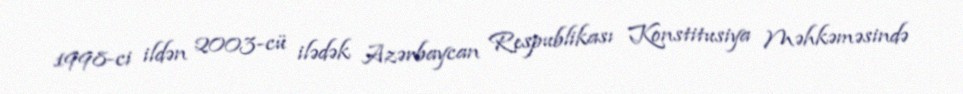
1998-ci ildən 2003-cü ilədək Azərbaycan Respublikası Konstitusiya Məhkəməsində